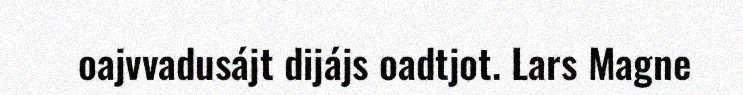
oajvvadusájt dijájs oadtjot. Lars Magne